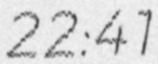
22:41